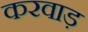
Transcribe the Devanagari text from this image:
करवाड़